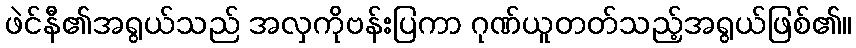
ဖဲင်နီ၏အရွယ်သည် အလှကိုဗန်းပြကာ ဂုဏ်ယူတတ်သည့်အရွယ်ဖြစ်၏။